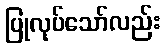
ပြုလုပ်သော်လည်း